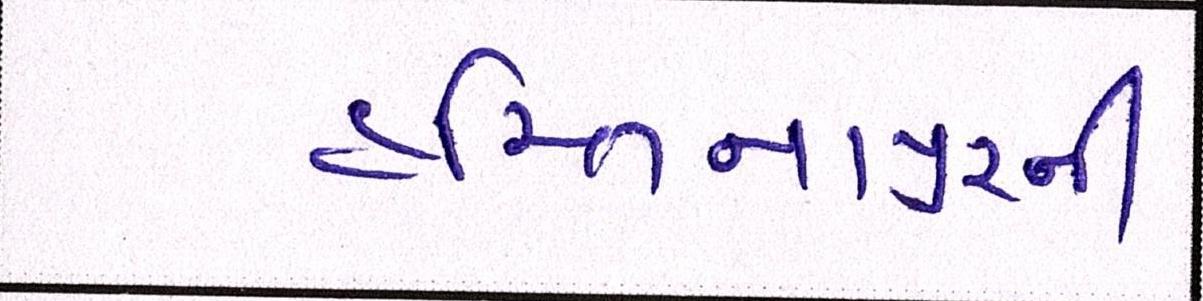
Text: હસ્તિનાપુરની